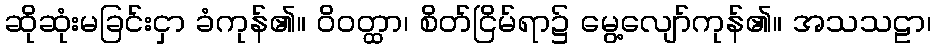
ဆိုဆုံးမခြင်းငှာ ခံကုန်၏။ ဝိဝတ္ထာ၊ စိတ်ငြိမ်ရာ၌ မွေ့လျော်ကုန်၏။ အသသဠာ၊